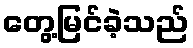
တွေ့မြင်ခဲ့သည်